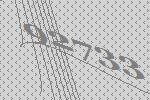
92733